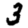
Digit: 3